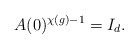
\begin{align*}A(0)^{\chi(g)-1}=I_d.\end{align*}